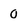
Character: 0